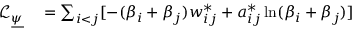
\begin{array} { r l } { \mathcal { L } _ { \underline { { \psi } } } } & { { } = \sum _ { i < j } [ - ( \beta _ { i } + \beta _ { j } ) w _ { i j } ^ { * } + a _ { i j } ^ { * } \ln ( \beta _ { i } + \beta _ { j } ) ] } \end{array}